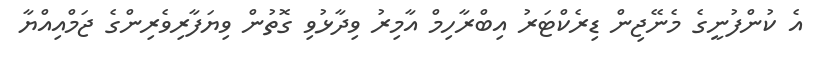
އެ ކުންފުނީގެ މެނޭޖިން ޑިރެކްޓަރު އިބްރާހިމް އާމިރު ވިދާޅުވި ގޮތުން ވިޔަފާރިވެރިންގެ ޖަމްއިއްޔާ